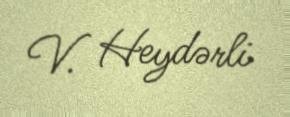
V. Heydərli